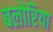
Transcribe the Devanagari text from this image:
बलोरिया